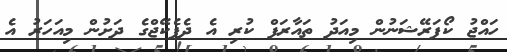
ހައްޖު ކޯޕަރޭޝަނުން މިއަދު ތައާރަފް ކުރި އެ ދެޕެކޭޖްގެ ދަށުން މިއަހަރު އެ